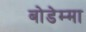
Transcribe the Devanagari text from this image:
बोडेम्मा